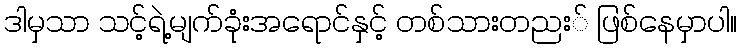
ဒါမှသာ သင့်ရဲ့မျက်ခုံးအရောင်နှင့် တစ်သားတညး် ဖြစ်နေမှာပါ။